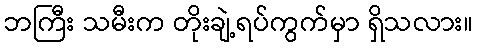
ဘကြီး သမီးက တိုးချဲ့ရပ်ကွက်မှာ ရှိသလား။